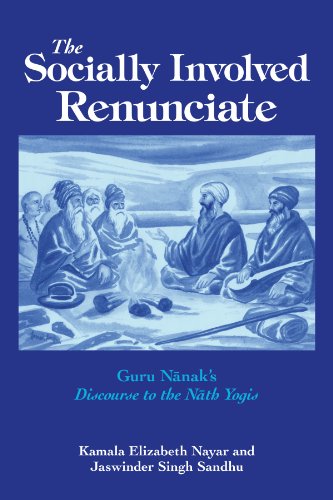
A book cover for The Socially Involved Renunciate: Guru Nanak's Discourse to the Nath Yogis; Kamala Elizabeth Nayar; Religion & Spirituality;